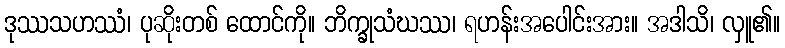
ဒုဿသဟဿံ၊ ပုဆိုးတစ် ထောင်ကို။ ဘိက္ခုသံဃဿ၊ ရဟန်းအပေါင်းအား။ အဒါသိ၊ လှူ၏။